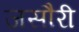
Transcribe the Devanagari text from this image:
जसौरी